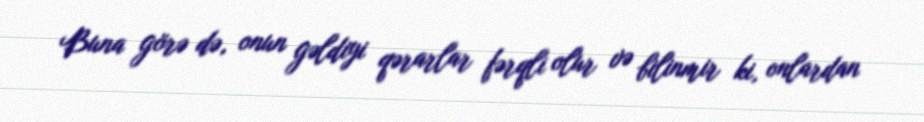
Buna görə də, onun gəldiyi qərarlar fərqli olur və bilinmir ki, onlardan